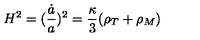
H ^ { 2 } = ( \frac { \dot { a } } { a } ) ^ { 2 } = \frac { \kappa } { 3 } ( \rho _ { T } + \rho _ { M } )